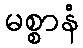
မစ္စာနံ